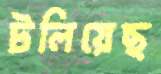
টলিয়েছ